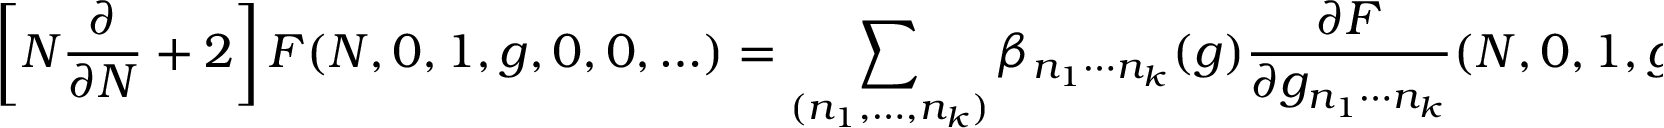
\left[ N \frac { \partial } { \partial N } + 2 \right] F ( N , 0 , 1 , g , 0 , 0 , \ldots ) = \sum _ { ( n _ { 1 } , \ldots , n _ { k } ) } \beta _ { n _ { 1 } \cdots n _ { k } } ( g ) \frac { \partial F } { \partial g _ { n _ { 1 } \cdots n _ { k } } } ( N , 0 , 1 , g , 0 , 0 , \ldots ) .